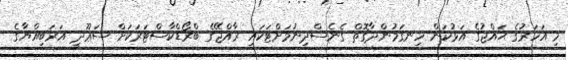
މި އަހަރުގެ ޙައްޖުގެ އަޅުކަން ހިނގަމުންދާގޮތް ގެނެސްދިނުމަށްޓަކައި ރާއްޖޭގެ ބްރޯޑްކާސްޓަރަކަށް ސަޢޫދީ އަރަބިއްޔާގެ